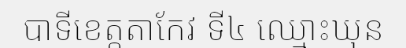
បាទីខេត្តតាកែវ ទី៤ ឈ្មោះឃុន